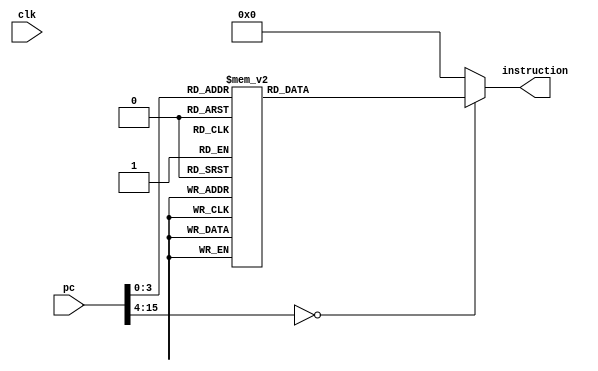
`timescale 1ns / 1ps
module InstructionROM_test2(
	input clk,
   input [15:0]pc, 
	output [8:0] instruction);
	
reg [8:0]_instOut;
assign instruction = _instOut;

parameter
		add			= 5'b00000,
		sub    		= 5'b00001,
		mv				= 5'b00010,
		mvToAdr    	= 5'b00011,
		mvAdr			= 5'b00100,
		rsAdr			= 5'b00101,
		seti			= 5'b00110,
		mvMath		= 5'b00111,
		mvToMath		= 5'b01000,
		mathToAdr	= 5'b01001,
		setReg		= 5'b01010,
		setCnt		= 5'b01011,
		mvCnt		   = 5'b01100,
		mvToCnt		= 5'b01101,
		rsCnt			= 5'b01110,
		be				= 5'b01111,
		bne			= 5'b10000,
		bez			= 5'b10001,
		bltz		   = 5'b10010,
		bgte			= 5'b10011,
		evu			= 5'b10100,
		evl			= 5'b10101,
		ld				= 5'b10110,
		st		   	= 5'b10111,
		jump			= 5'b11000,
		zeroReg		= 5'b11001,
		halt			= 5'b11010,
		toBeDefined	= 5'b11011;

always @ (*)
begin
    case(pc)
        1:  begin _instOut={seti,        4'b0001}; end
        2:  begin _instOut={mathToAdr,   4'b0000}; end
        3:  begin _instOut={mathToAdr,   4'b0100}; end 
        4:  begin _instOut={rsAdr,       4'b0001}; end
        5:  begin _instOut={seti,        4'b0111}; end
        6:  begin _instOut={mathToAdr,   4'b0000}; end
        7:  begin _instOut={bltz,        4'b0101}; end
        8:  begin _instOut={seti,        4'b0011}; end
        9:  begin _instOut={sub,         4'b0101}; end 
        10: begin _instOut={rsAdr,       4'b0000}; end
        11: begin _instOut={seti,        4'b1001}; end
        12: begin _instOut={mathToAdr,   4'b0000}; end
        13: begin _instOut={jump,        4'b0000}; end
        14: begin _instOut={halt,        4'b0000}; end //halt
        default: begin _instOut = 9'b000000000; end //Put whatever you want 
    endcase

end
endmodule